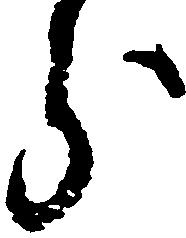
分